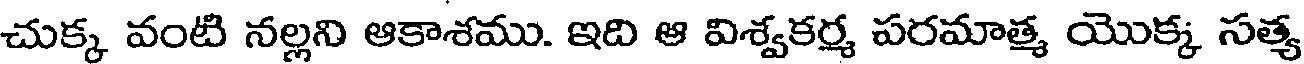
చుక్క వంటి నల్లని ఆకాశము. ఇది ఆ విశ్వకర్మ పరమాత్మ యొక్క సత్య